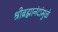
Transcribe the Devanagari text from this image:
श्रीब्रह्मानंदांमुळे